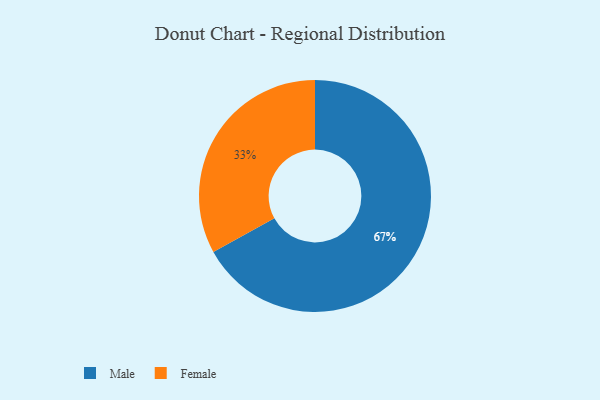
{"axis": {"x": "Category", "y": "Percentage"}, "legend": ["Female", "Male"], "data": [{"x": "Female", "y": 33, "type": "Female"}, {"x": "Male", "y": 67, "type": "Male"}]}